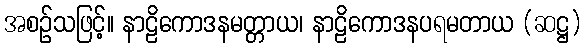
အစဉ်သဖြင့်။ နာဠိကောဒနမတ္တာယ၊ နာဠိကောဒနပရမတာယ (ဆဋ္ဌ)